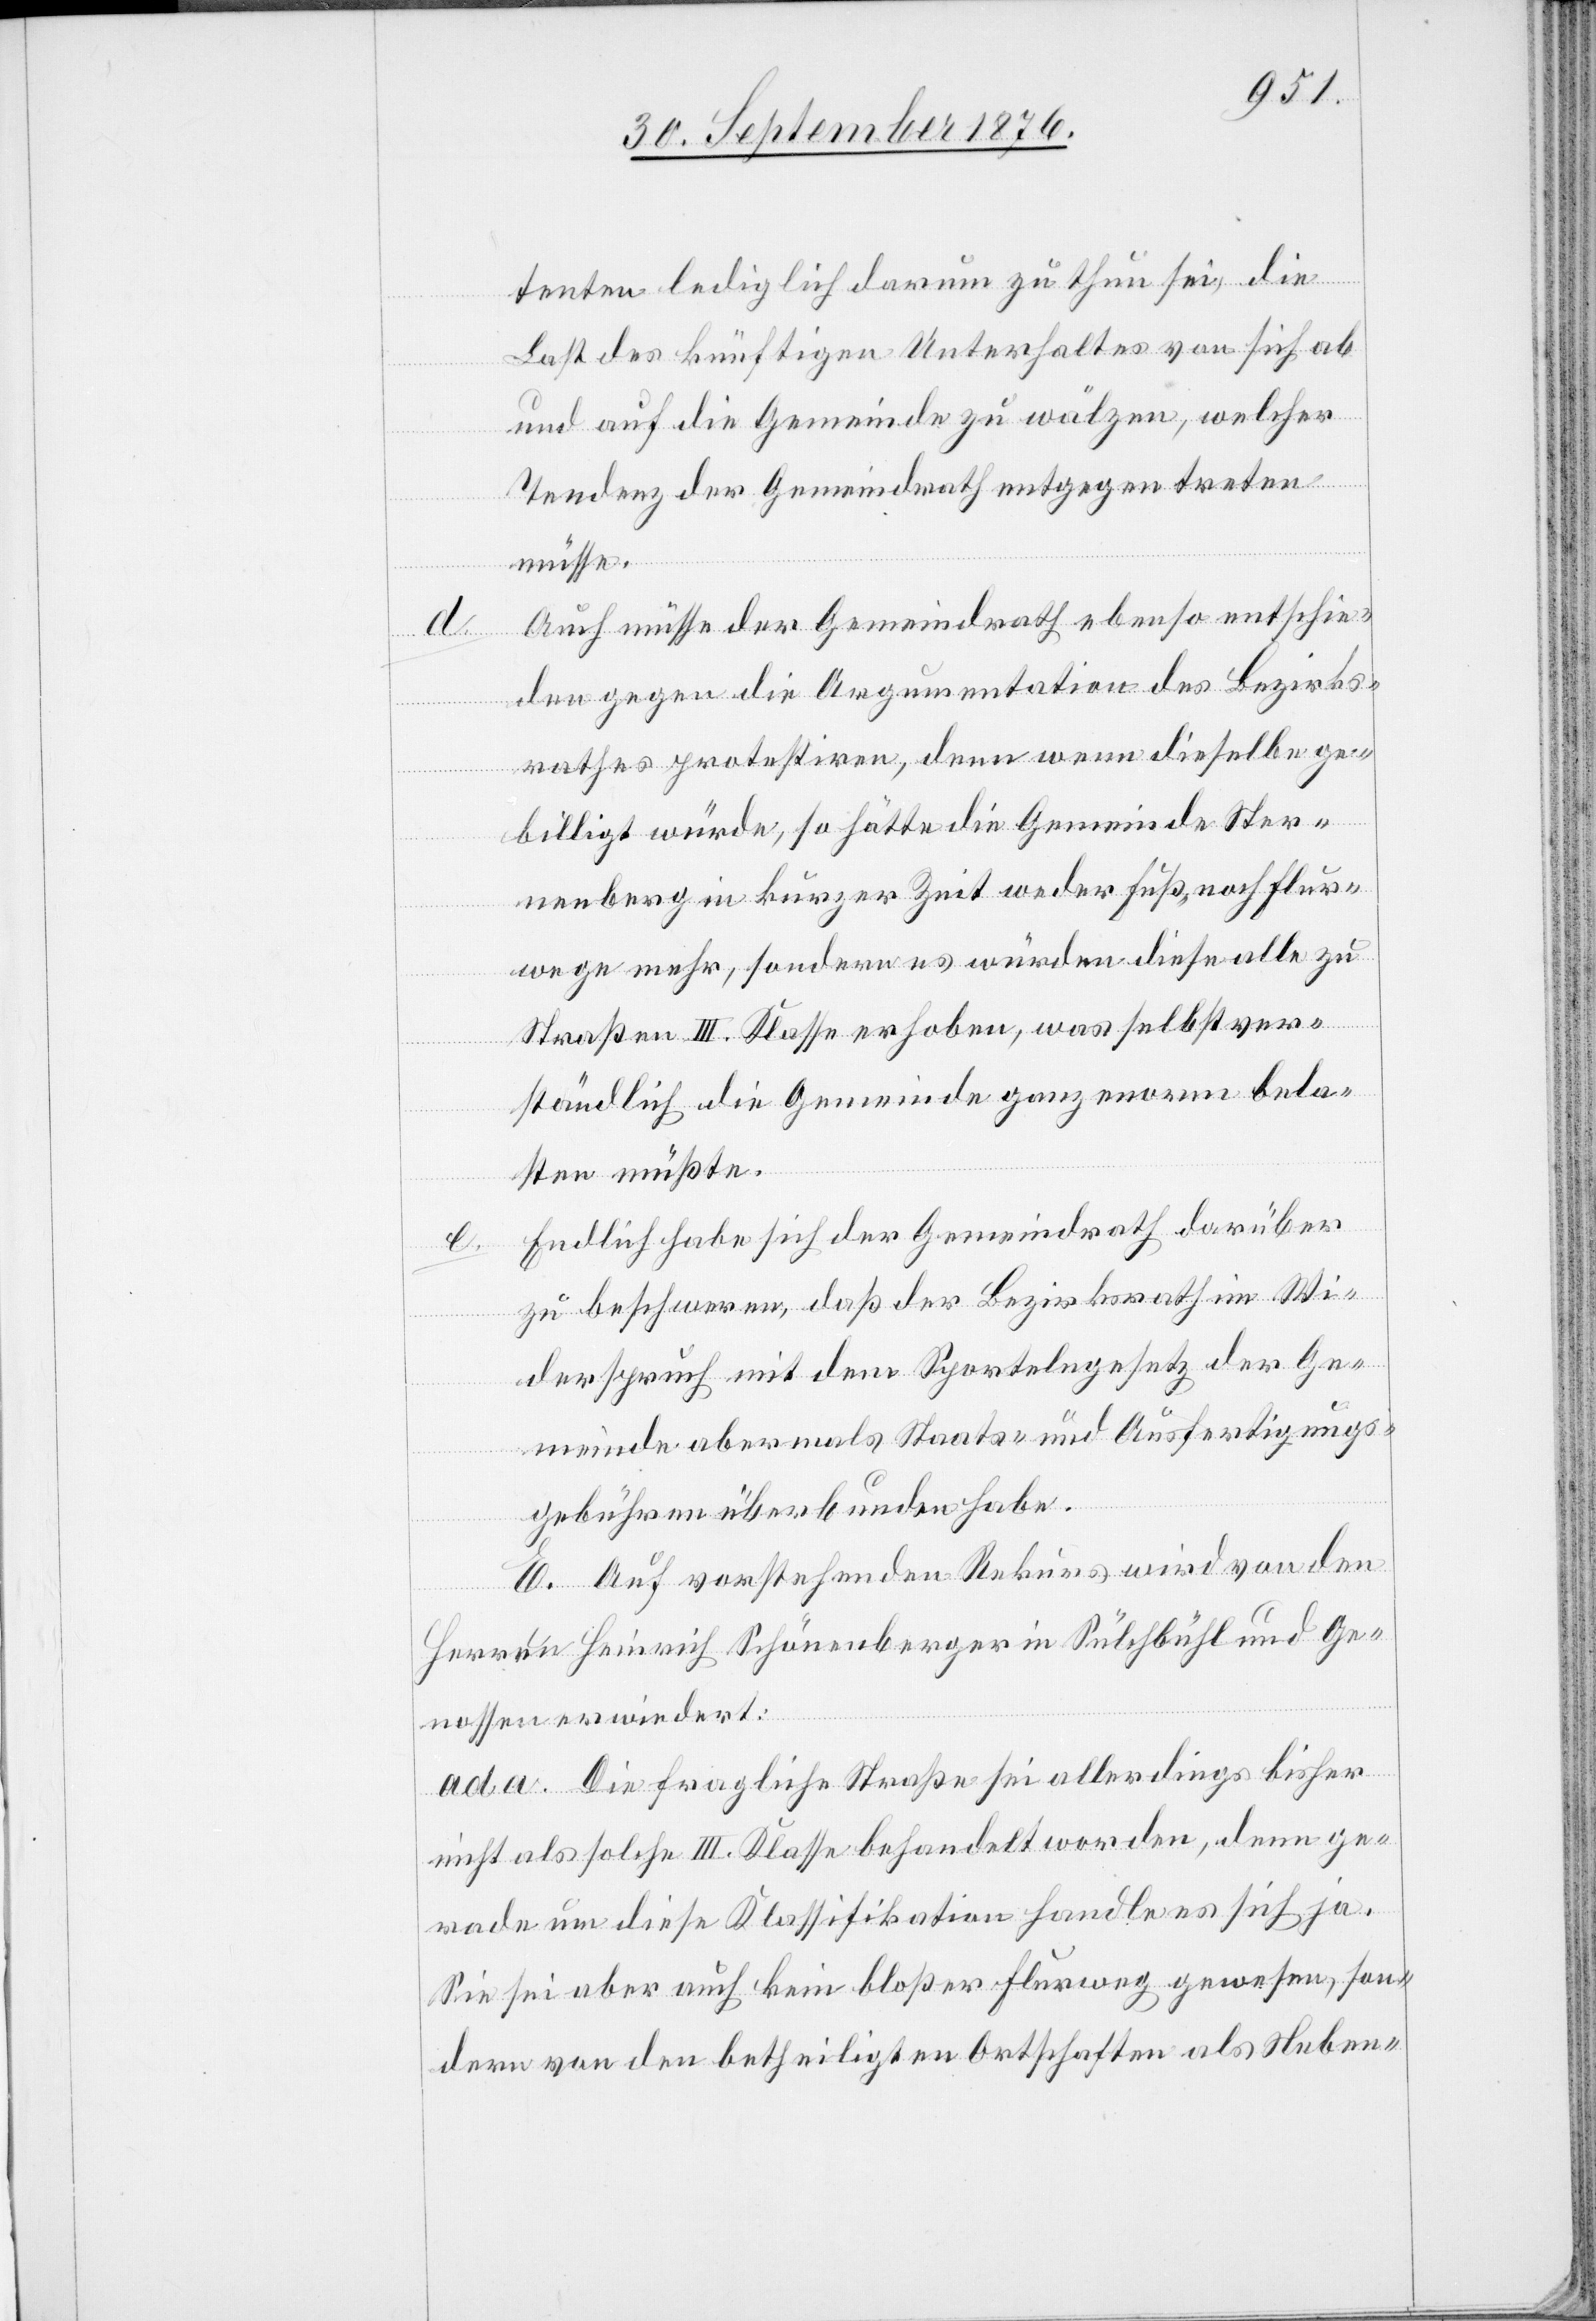
e.
tenten lediglich darum zu thun sei, die
Last des künftigen Unterhaltes von sich ab
und auf die Gemeinde zu wälzen, welcher
Tendenz der Gemeindrath entgegentreten
müsse.
Auch müsse der Gemeindrath ebenso entschie¬
den gegen die Argumentation des Bezirks¬
rathes protestiren, denn wenn dieselbe ge¬
billigt würde, so hätte die Gemeinde Ster¬
nenberg in kurzer Zeit weder Fuß- noch Flur¬
wege mehr, sondern es würden diese alle zu
Straßen III. Klasse erhoben, was selbstver¬
ständlich die Gemeinde ganz enorm bela¬
sten müßte.
Endlich habe sich der Gemeindrath darüber
zu beschweren, daß der Bezirksrath im Wi¬
derspruch mit dem Sportelngesetz der Ge¬
meinde abermals Staats- und Ausfertigungs¬
gebühren überbunden habe.
E. Auf vorstehenden Rekurs wird von den
Herren Heinrich Schönenberger in Sülchbühl und Ge¬
nossen erwiedert:
ad a. Die fragliche Straße sei allerdings bisher
nicht als solche III. Klasse behandelt worden, denn ge¬
rade um diese Klassifikation handle es sich ja.
Sie sei aber auch kein bloßer Flurweg gewesen, son¬
dern von den betheiligten Ortschaften als Neben-